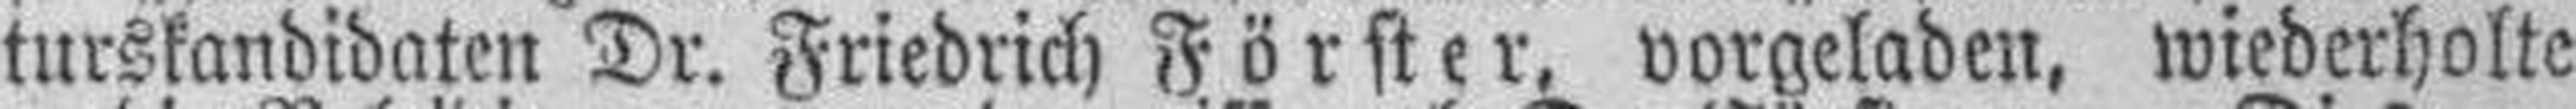
turskandidaten Dr. Friedrich Förster, vorgeladen, wiederholte